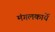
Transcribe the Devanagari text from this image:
मंगलकार्ये